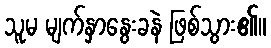
သူမ မျက်နှာနွေးခနဲ ဖြစ်သွား၏။